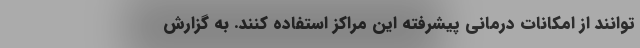
توانند از امکانات درمانی پیشرفته این مراکز استفاده کنند. به گزارش